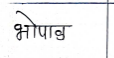
मजकूर: भोपाळ